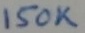
Text: 150K